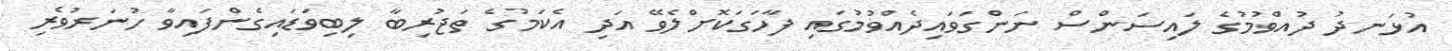
އުޅަނދު ދުއްވުމުގެ ލައިސަންސް ނަންގަވައިދެއްވުމުގައި ފާހަގަކޮށްލެވޭ އަދި އެކަމުގެ ތަޖުރިބާ ލިބިވަޑައިގެންފައިވާ ހުނަރުވެރި